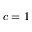
c = 1